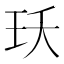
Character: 𭸺